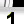
Digit: 1